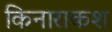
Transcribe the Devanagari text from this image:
किनाराकश